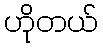
ဟိုတယ်